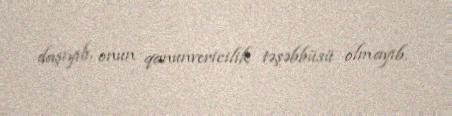
daşıyıb, onun qanunvericilik təşəbbüsü olmayıb.